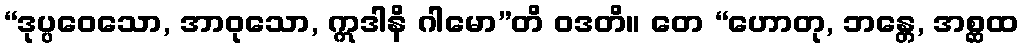
“ဒုပ္ပဝေသော, အာဝုသော, ဣဒါနိ ဂါမော”တိ ဝဒတိ။ တေ “ဟောတု, ဘန္တေ, အစ္ဆထ